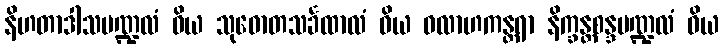
နိဟတာဒါသမဏ္ဍလံ ဝိယ သုဓောတသင်္ခထာလံ ဝိယ ဝလာဟကန္တရာ နိက္ခန္တစန္ဒမဏ္ဍလံ ဝိယ